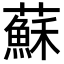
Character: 蘇